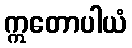
ဣတောပါယံ